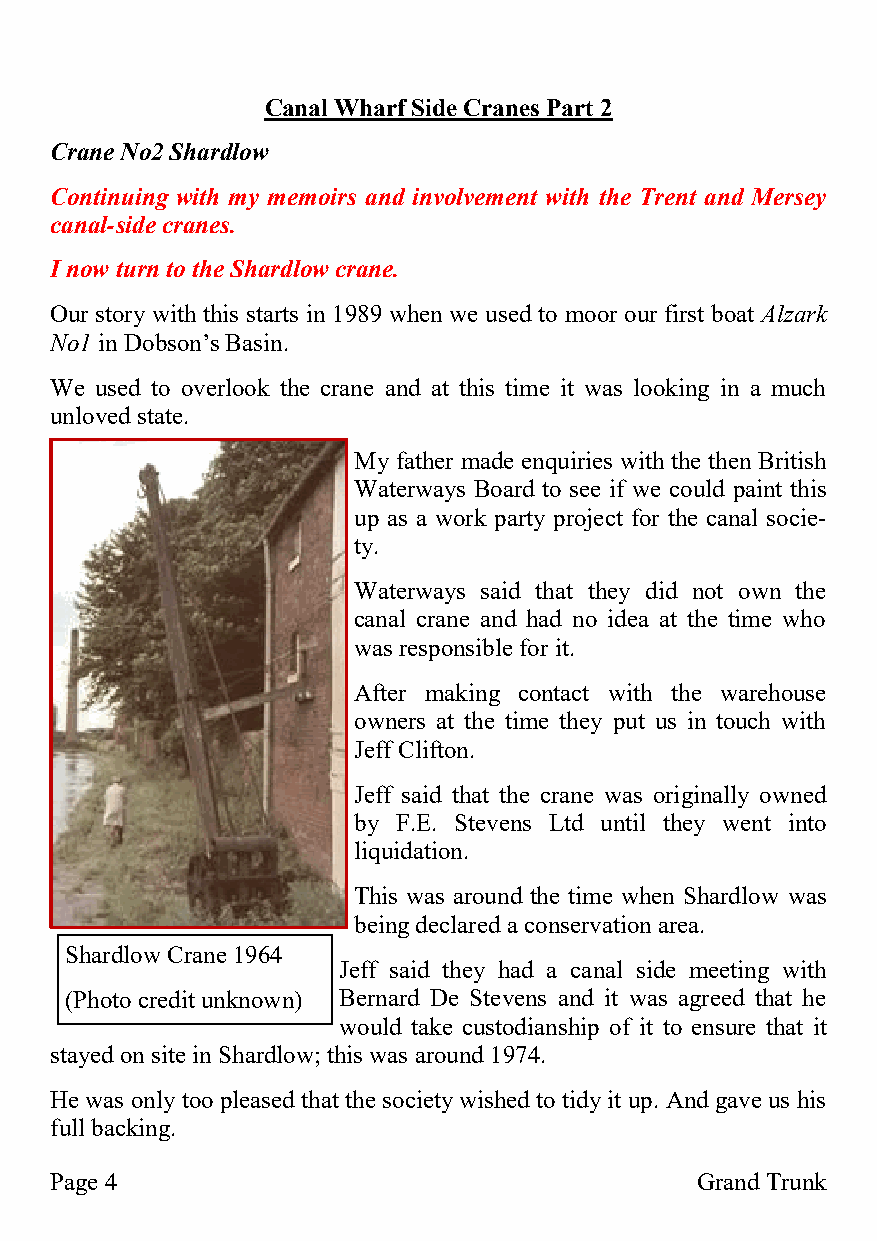
Canal Wharf Side Cranes Part 2
 Crane No2 Shardlow
 Continuing with my memoirs and involvement with the Trent and Mersey
 canal-side cranes.
 I now turn to the Shardlow crane.
 Our story with this starts in 1989 when we used to moor our first boat Alzark
 No1 in Dobson’s Basin.
 We used to overlook the crane and at this time it was looking in a much
 unloved state.
 My father made enquiries with the then British
 Waterways Board to see if we could paint this
 up as a work party project for the canal socie-
 ty.
 Waterways said that they did not own the
 canal crane and had no idea at the time who
 was responsible for it.
 After making contact with the warehouse
 owners at the time they put us in touch with
 Jeff Clifton.
 Jeff said that the crane was originally owned
 by F.E. Stevens Ltd until they went into
 liquidation.
 This was around the time when Shardlow was
 being declared a conservation area.
 Shardlow Crane 1964
 Jeff said they had a canal side meeting with
 (Photo credit unknown) Bernard De Stevens and it was agreed that he
 would take custodianship of it to ensure that it
 stayed on site in Shardlow; this was around 1974.
 He was only too pleased that the society wished to tidy it up. And gave us his
 full backing.
 Page 4                                     Grand Trunk